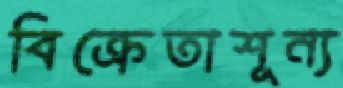
বিক্রেতাশূন্য